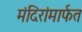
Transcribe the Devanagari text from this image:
मंदिरांमार्फत